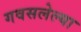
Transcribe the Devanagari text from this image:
गवसलेल्या